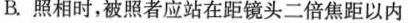
B.照相时，被照者应站在距镜头二倍焦距以内